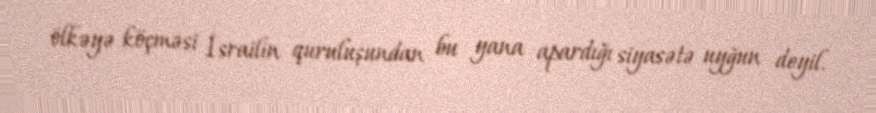
ölkəyə köçməsi İsrailin quruluşundan bu yana apardığı siyasətə uyğun deyil.